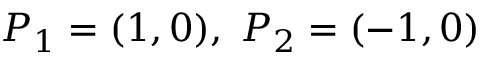
P _ { 1 } = ( 1 , 0 ) , \; P _ { 2 } = ( - 1 , 0 )